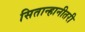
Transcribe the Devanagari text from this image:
सितान्हानीतरी